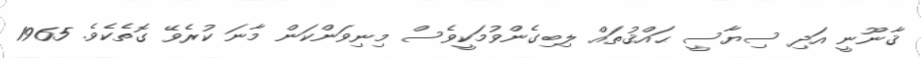
ޤާނޫނީ އަދި ސިޔާސީ ޙައްޤުތައް ލިބިގެންވުމަކީވެސް މިނިވަންކަން މާނަ ކުރެވޭ ގޮތެކެވެ. 1965